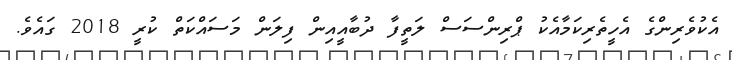
އެކުވެރިންގެ އެހީތެރިކަމާއެކު ޕްރިންސަސް ލަތީފާ ދުބާއީއިން ފިލަން މަސައްކަތް ކުރީ 2018 ގައެވެ.